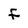
Character: F